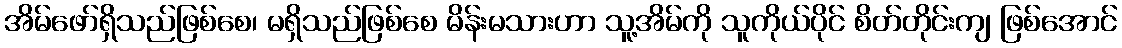
အိမ်ဖော်ရှိသည်ဖြစ်စေ၊ မရှိသည်ဖြစ်စေ မိန်းမသားဟာ သူ့အိမ်ကို သူကိုယ်ပိုင် စိတ်တိုင်းကျ ဖြစ်အောင်